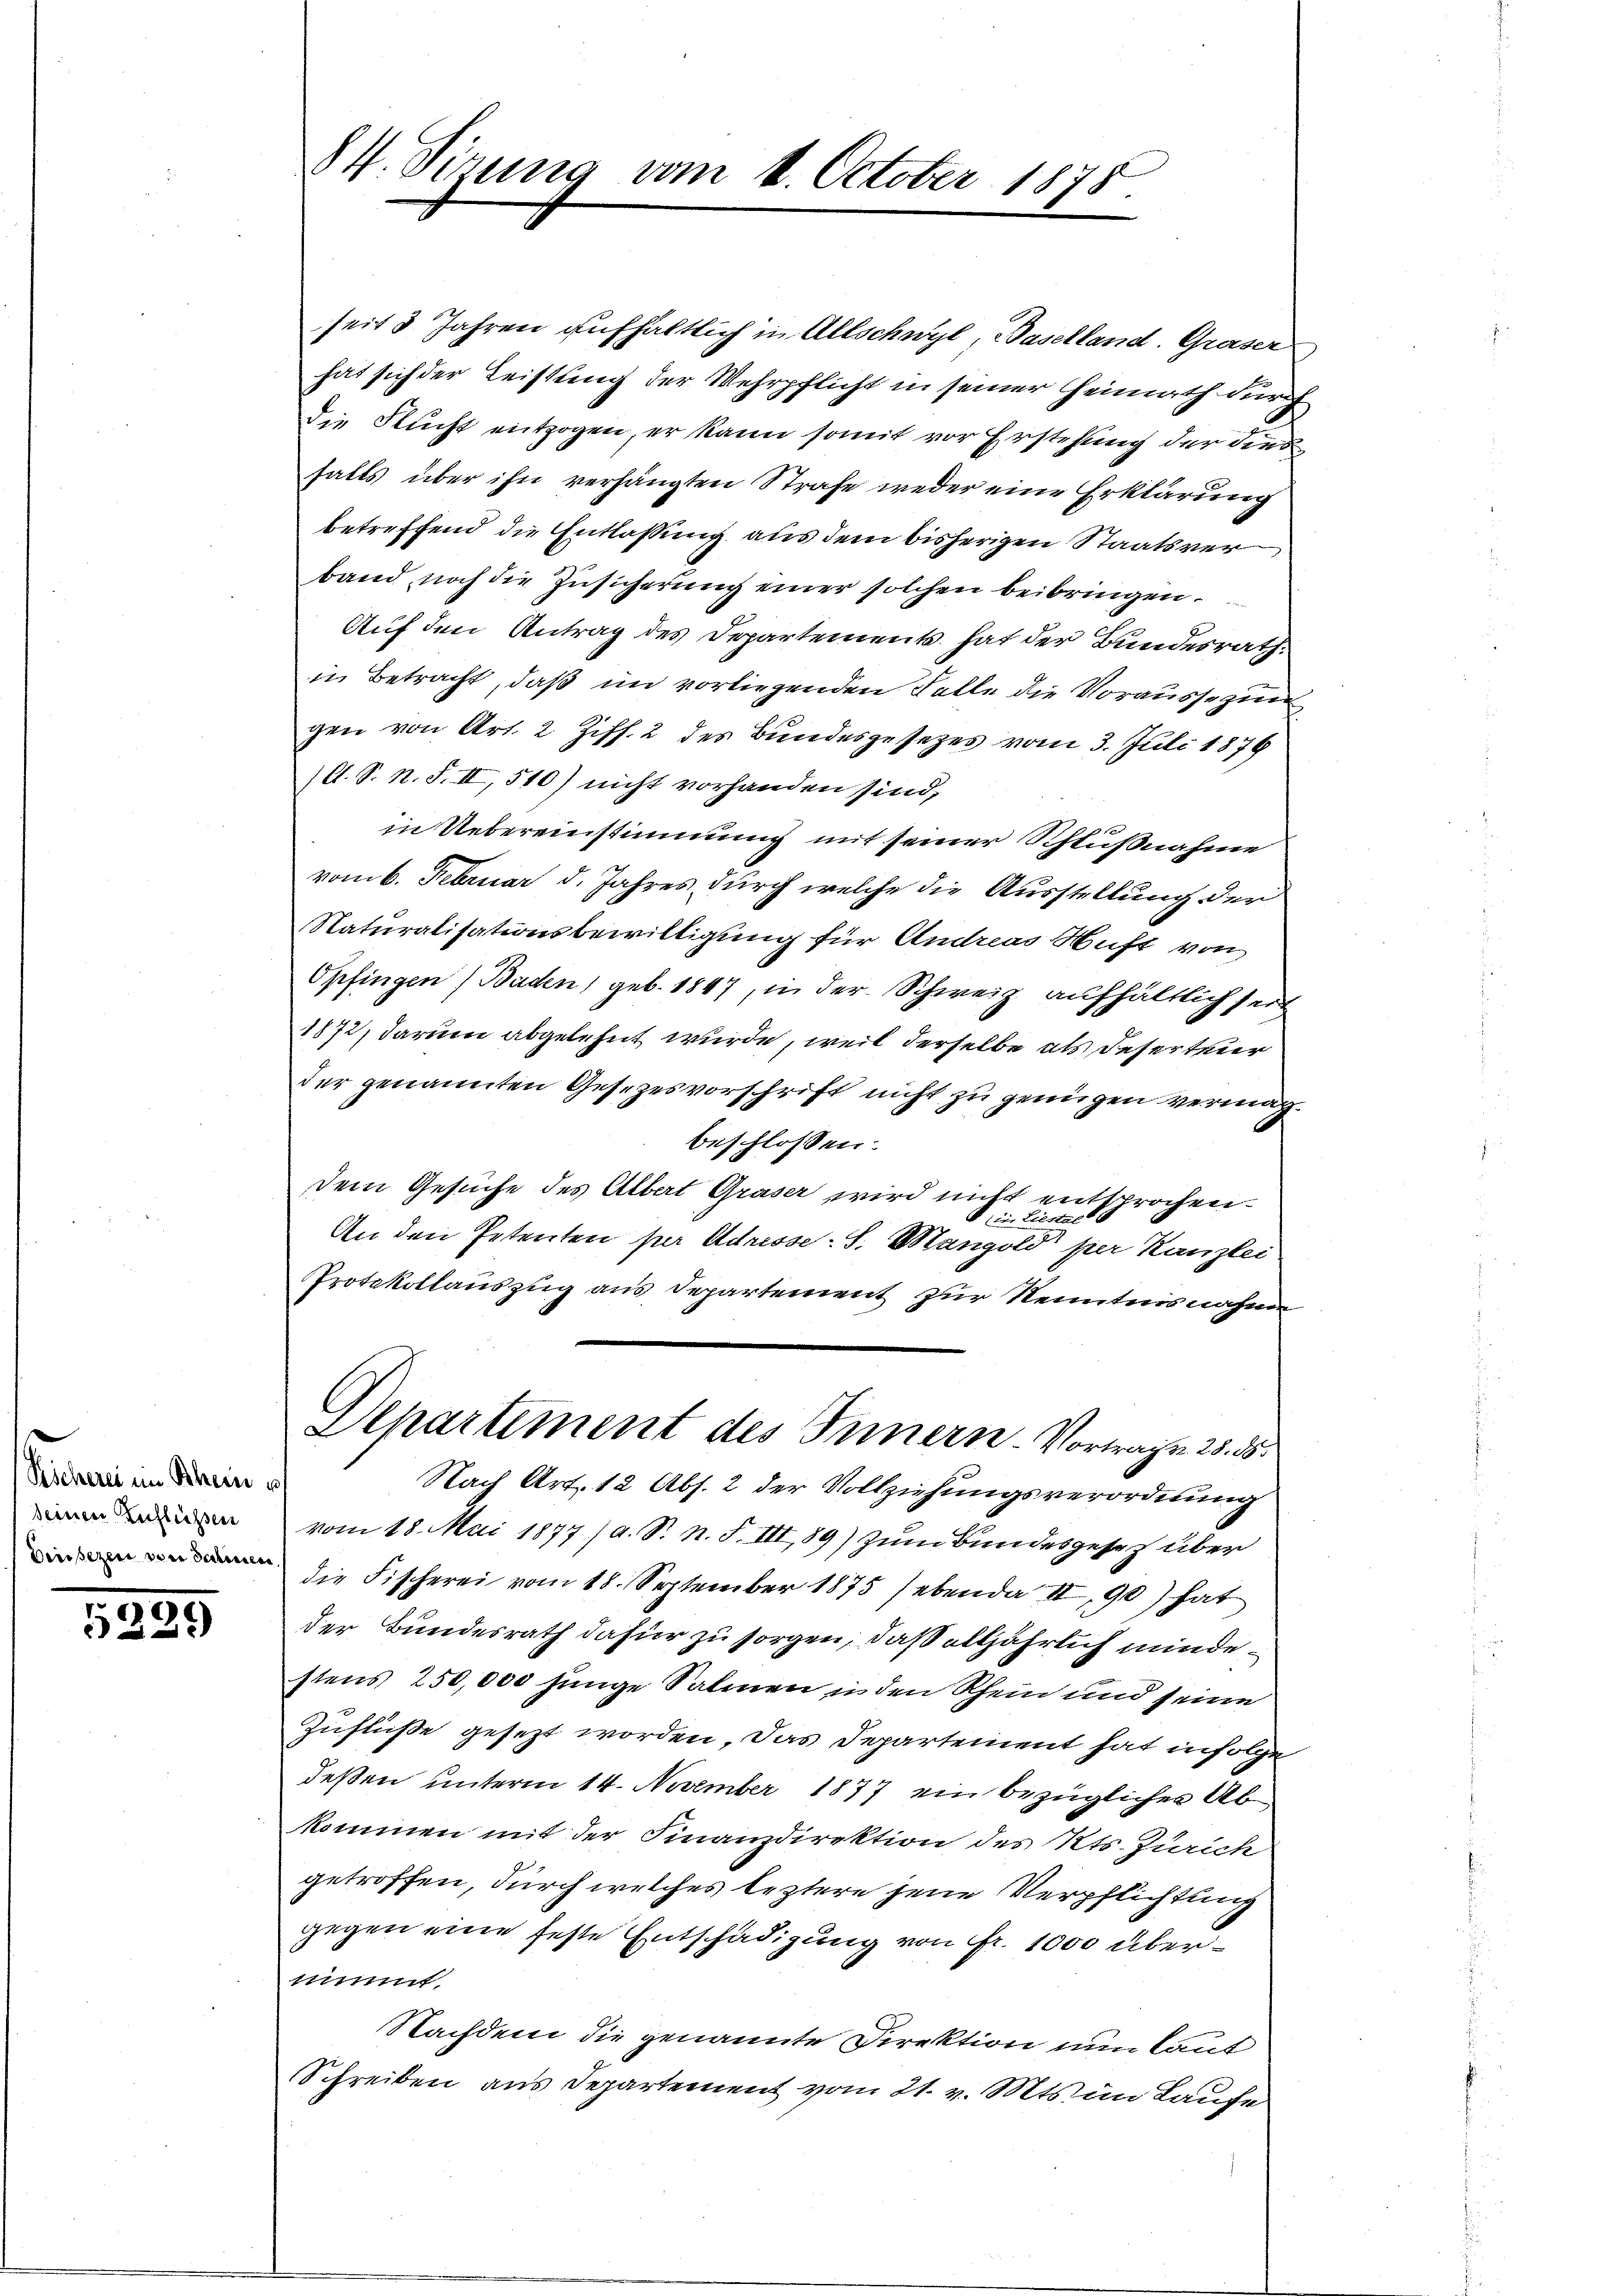
Küchern im Rhein vo
seinen Zuflüssen
Dersezen von darinen

e
5223

84. Sirung vom 4. October 1878.

seit 3 Jahren aufhältlich in Allschwyl, Baselland. Graser
hat sich der Leistung der Wehrpflicht in seiner Heimath durch
die Flucht entzogen, er kann somit vor Erstehung der dies
falls über ihn verhängten Strafe weder eine Erklärung
betreffend die Entlassung aus dem bisherigen Staatsver
band noch die Zusicherung einer solchen beibringen.
Auf den Antrag des Departement hat der Bundesrath.
in Betracht, daß im vorliegenden Falle die Voraussezung
gen von Art. 2 Ziff. 2 des Bundesgesezes vom 3. Juli 1876
l. S. N. S. II, 510) nicht vorhanden sind,
in Uebereinstimmung mit seiner Schlußnahme
vom 6. Februar d. Jahres durch welche die Ausstellung der
Naturalisationsbewilligung für Andreas Haft von
Opfingen) Baden, geb. 1847, in der Schweiz aufhältlich sei
1872, darum abgelehnt wurde, weil derselbe als Deserteur
der genannten Gesezesvorschrift nicht zu genügen vermag.
beschlossen:
dem Gesuche des Albert Graser wird nicht entsprochen.
An den Petenten per Adresse: S. Mangold per Kanzlei
Protokollauszug aus Departement zur Kenntnis nahme
Departement des Innern Vortragen 25. 55.
Nach Art. 12 Abs. 2 der Vollziehungsverordnung
vom 18. Mai 1877/a. S. n. F. III, 89) zum Bundesgesetz über
die Fischerei vom 18. September 1875 (ebenda II 90) hat
der Bundesrath dafür zu sorgen, daß alljährlich mindestens 250,000 junge Salinen in den Rhein und seine
Zuflüße gesezt worden. Das Departement hat infolge
deßen unterm 14. November 1877 ein bezüglicher Abkommen mit der Finanzdirektion des Kts. Zürich
getroffen, durch welches leztere jene Verpflichtung
gegen eine feste Entschädigung von Fr. 1000 übernimit
Nachdem die genannte Direktion nun laut
Schreiben aus Departement vom 21. v. Mts. im Laufe